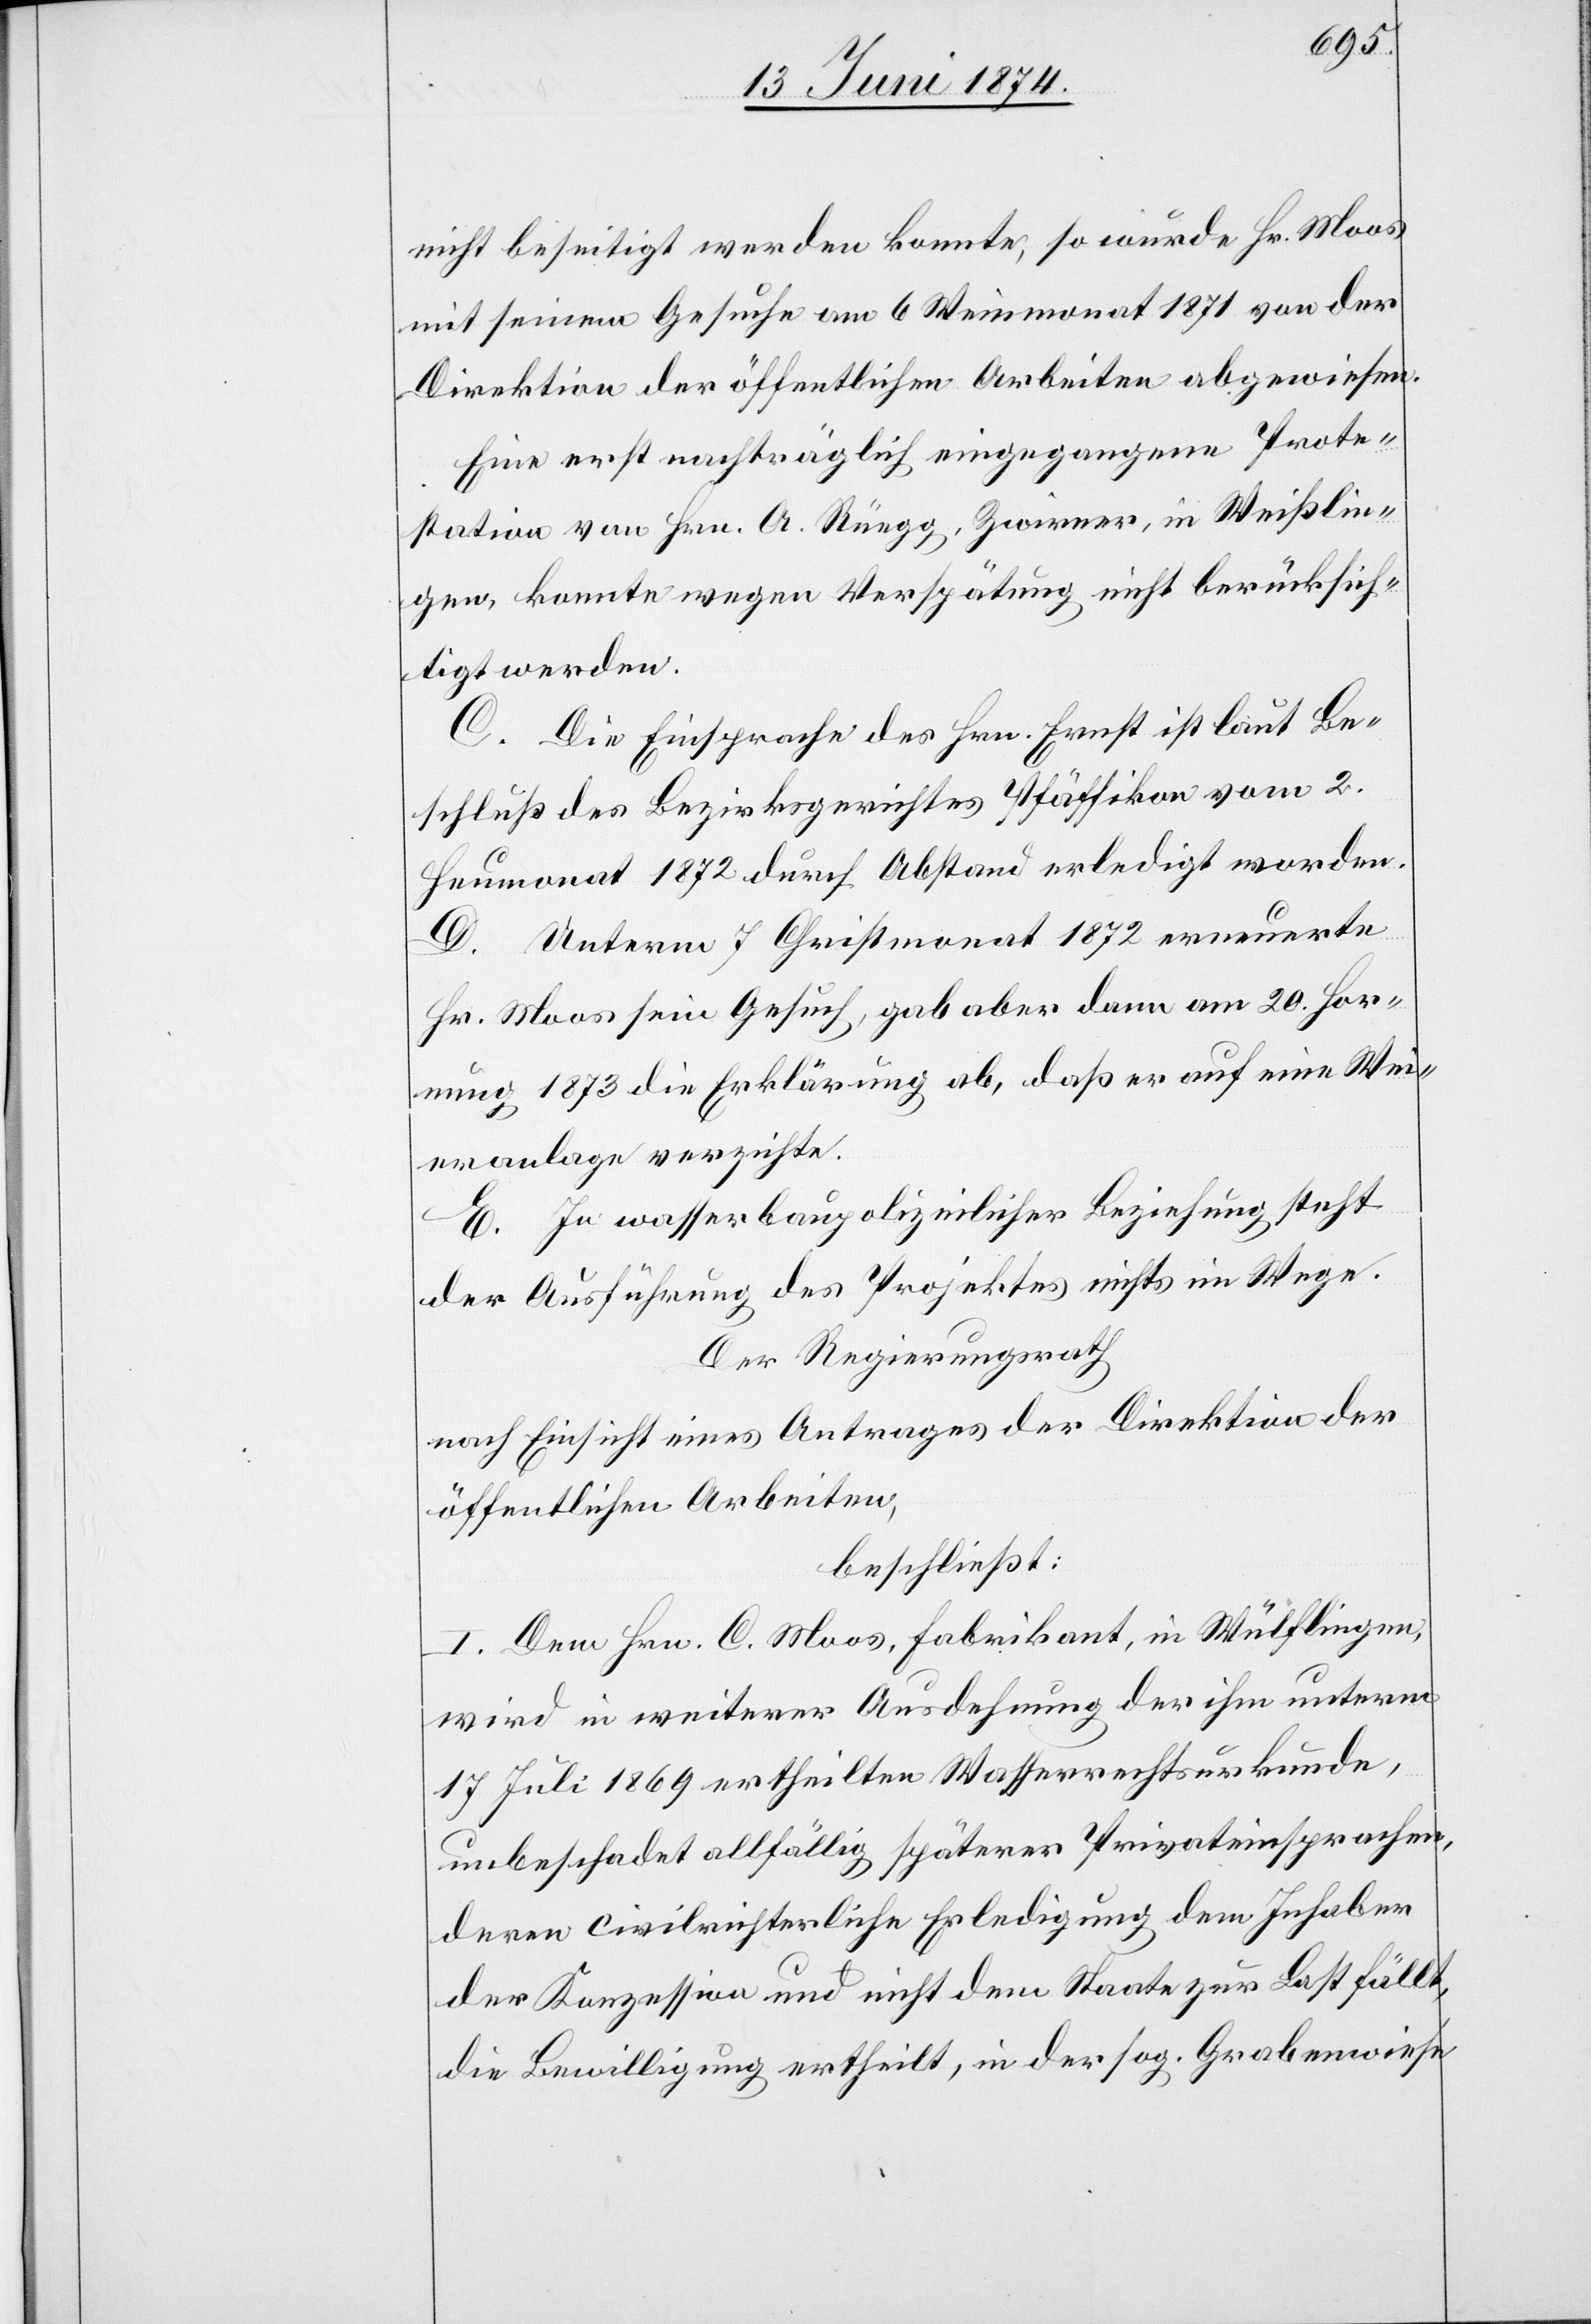
nicht beseitigt werden konnte, so wurde Hr. Moos
mit seinem Gesuche am 6. Weinmonat 1871 von der
Direktion der öffentlichen Arbeiten abgewiesen.
Eine erst nachträglich eingegangene Prote¬
station von Hrn. A. Rüegg, Zwirner, in Weißlin¬
gen, konnte wegen Verspätung nicht berücksich¬
tigt werden.
C. Die Einsprachen des Hrn. Ernst ist laut Be¬
schluß des Bezirksgerichtes Pfäffikon vom 2.
Heumonat 1872 durch Abstand erledigt worden.
D. Unterm 7. Christmonat 1872 erneuerte
Hr. Moos sein Gesuch, gab aber dann am 20. Hor¬
nung 1873 die Erklärung ab, daß er auf eine Wei¬
eranlage verzichte.
E. In wasserbaupolizeilicher Beziehung steht
der Ausführung des Projektes nichts im Wege.
Der Regierungsrath
nach Einsicht eines Antrages der Direktion der
öffentlichen Arbeiten,
beschließt:
I. Dem Hrn. C. Moos, Fabrikant, in Wülflingen,
wird in weiterer Ausdehnung der ihm unterm
17. Juli 1869 ertheilten Wasserrechtsurkunde,
unbeschadet allfällig späterer Privateinsprachen,
deren civilrichterliche Erledigung dem Inhaber
der Konzession und nicht dem Staate zur Last fällt,
die Bewilligung ertheilt, in der sog. Grabenwiese